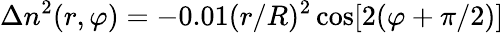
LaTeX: \Delta n^{2}(r,\varphi)=-0.01(r/R)^{2}\cos[2(\varphi+\pi/2)]